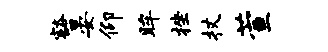
豁晏仰眸挫杖萱